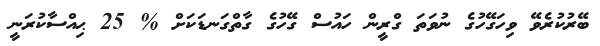
ބޭރުކުރެވޭ ވިހަގޭހުގެ ނުވަތަ ގްރީން ހައުސް ގޭހުގެ ގާތްގަނޑަކަށް % 25 ޙިއްސާކުރަނީ